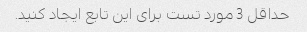
حداقل 3 مورد تست برای این تابع ایجاد کنید.